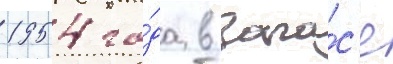
1954 го́да в запа́с'е